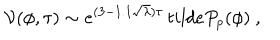
{ \cal V } ( \phi , \tau ) \sim e ^ { ( 3 - 1 . 1 \sqrt \lambda ) \tau } \, t i l d e P _ { p } ( \phi ) \ ,